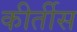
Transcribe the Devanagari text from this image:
कीर्तीस